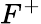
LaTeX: F^{+}